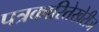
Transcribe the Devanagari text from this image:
पत्रकारितेखेरीज